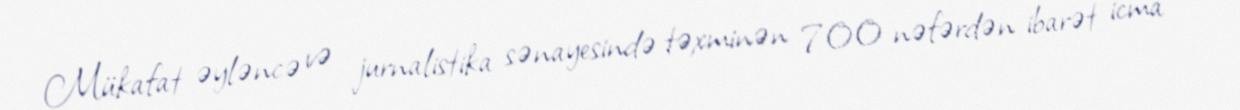
Mükafat əyləncə və jurnalistika sənayesində təxminən 700 nəfərdən ibarət icma